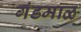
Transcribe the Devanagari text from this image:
गंडमाळ